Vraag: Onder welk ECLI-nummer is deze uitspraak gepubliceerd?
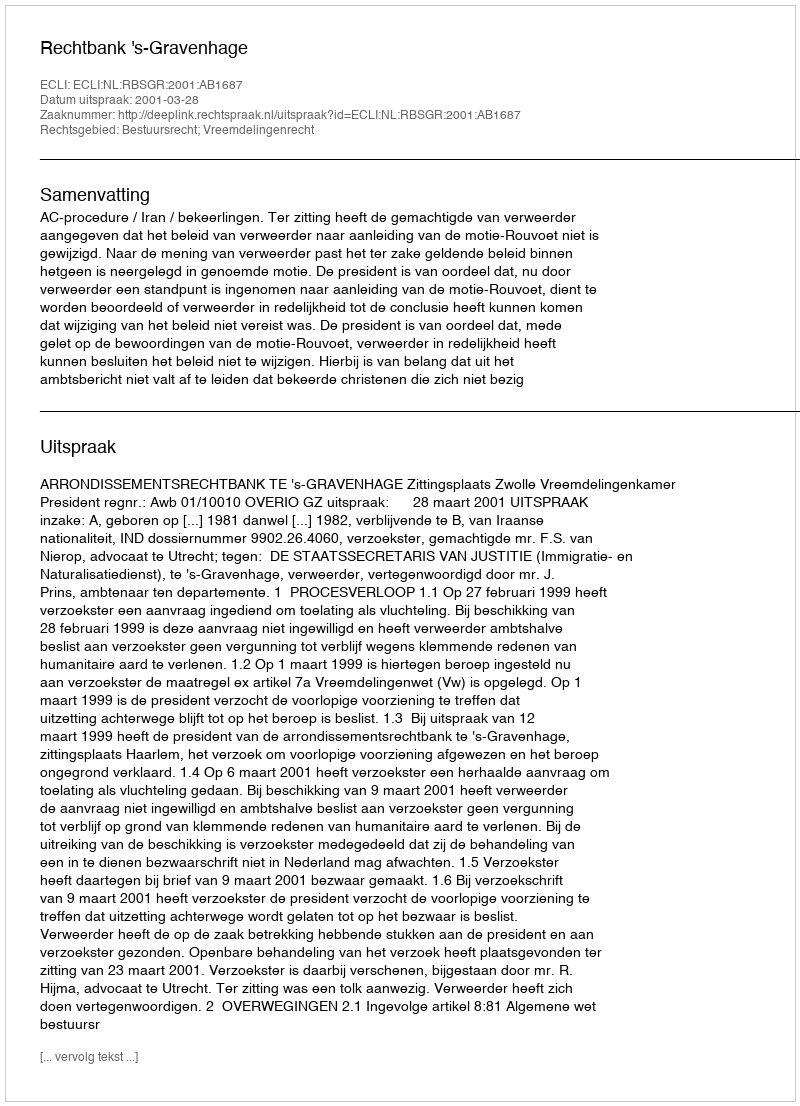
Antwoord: ECLI:NL:RBSGR:2001:AB1687